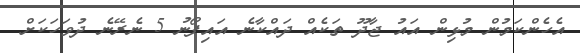
އެހެންކަމުން މުޅިން އައު ޖާދޫ ތަކެއް ދައްކާނެ އައިފޯނު 5 ނެރޭނެ ދުވަހަކަށް